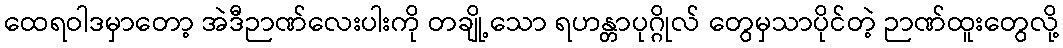
ထေရဝါဒမှာတော့ အဲဒီဉာဏ်လေးပါးကို တချို့သော ရဟန္တာပုဂ္ဂိုလ် တွေမှသာပိုင်တဲ့ ဉာဏ်ထူးတွေလို့